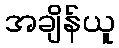
အချိန်ယူ